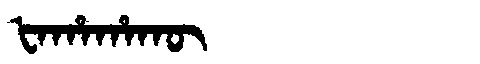
Manchu: ᡶᠠᡥᠠᡥᠠᡴᡡ
Romanization: FAHAHAKŪ